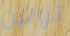
تزالين